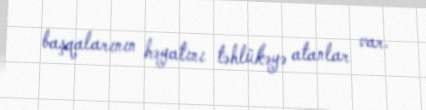
başqalarının həyatını təhlükəyə atanlar var.